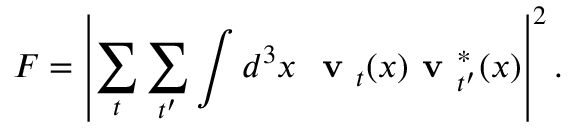
F = \left| \sum _ { t } \sum _ { t ^ { \prime } } \int d ^ { 3 } x \ \textbf { v } _ { t } ( x ) \textbf { v } _ { t ^ { \prime } } ^ { * } ( x ) \right| ^ { 2 } .